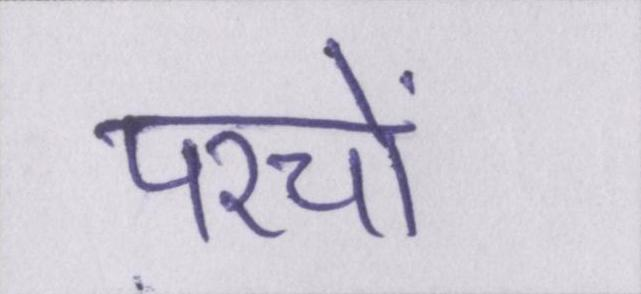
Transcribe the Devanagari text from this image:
परचों